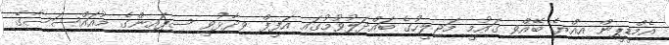
އެމްޑީޕީން އިއްޔެ ބޭއްވި ގައުމީ މަޖިލީހުގެ ބައްދަލުވުމުގައި އަފީފް ވިދާޅުވީ ސިފައިންގެ މުއައްސަސާގެ